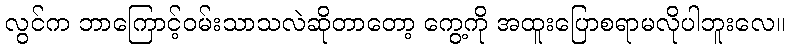
လွင်က ဘာကြောင့်ဝမ်းသာသလဲဆိုတာတော့ ကွေ့ကို အထူးပြောစရာမလိုပါဘူးလေ။